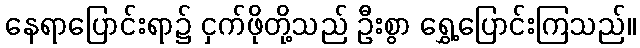
နေရာပြောင်းရာ၌ ငှက်ဖိုတို့သည် ဦးစွာ ရွှေ့ပြောင်းကြသည်။